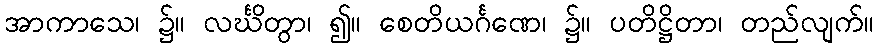
အာကာသေ၊ ၌။ လင်္ဃိတွာ၊ ၍။ စေတိယင်္ဂဏေ၊ ၌။ ပတိဋ္ဌိတာ၊ တည်လျက်။